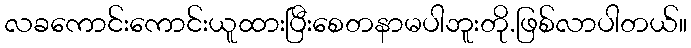
လခကောင်းကောင်းယူထားပြီးစေတနာမပါဘူးတို.ဖြစ်လာပါတယ်။